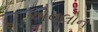
એવલોન